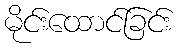
မိုင်းထောင်ခြင်း